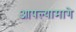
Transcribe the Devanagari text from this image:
आपल्यामागे